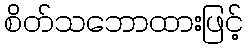
စိတ်သဘောထားဖြင့်